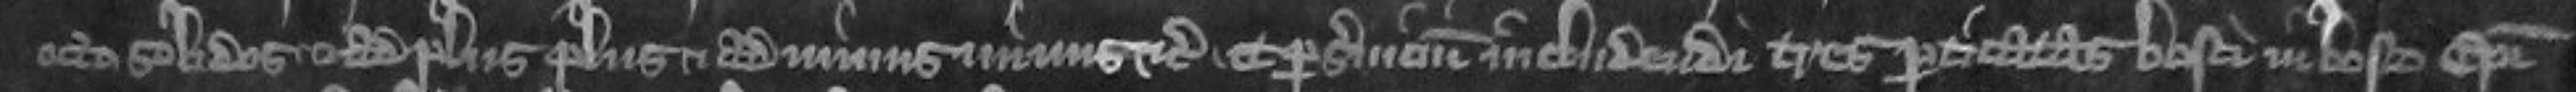
octo solidos et ad plus plus et ad minus minus etc et per servicium includendi tres percitatas bosci in bosco episcopi